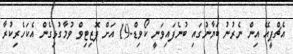
އެޗްޕީއޭ އިން ނެރުނު ބަޔާނުގައި ބުނެފައިވަނީ ކޯވިޑް-19 އަށް ޕޮޒިޓިވް ވުމާގުޅިގެން އެކަހެރިކުރާ